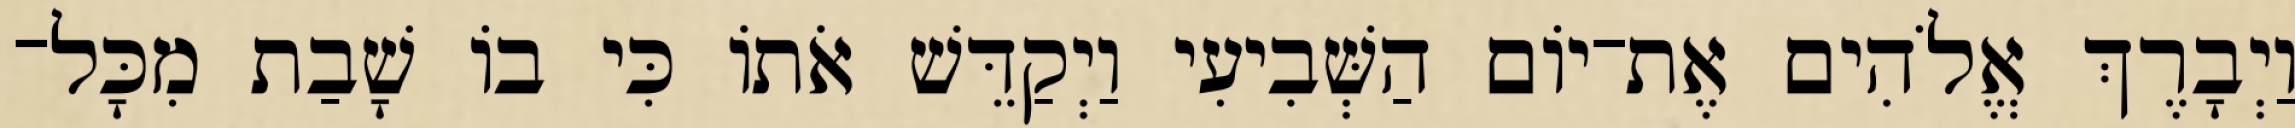
וַיְבָרֶךְ אֱלֹהִים אֶת־יֹום הַשְּׁבִיעִי וַיְקַדֵּשׁ אֹתֹו כִּי בֹו שָׁבַת מִכָּל־